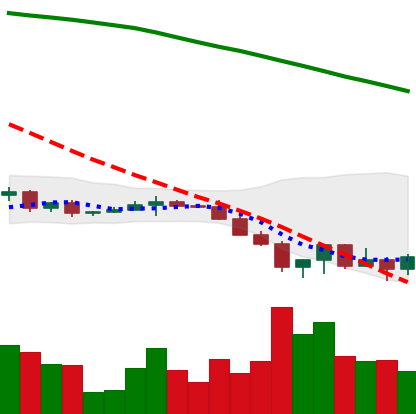
Ticker: XRP-USD
Chart end date: 2022-06-19
Forward return: 12.738%
Label: up_7plus